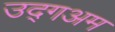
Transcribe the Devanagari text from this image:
उद्गअम